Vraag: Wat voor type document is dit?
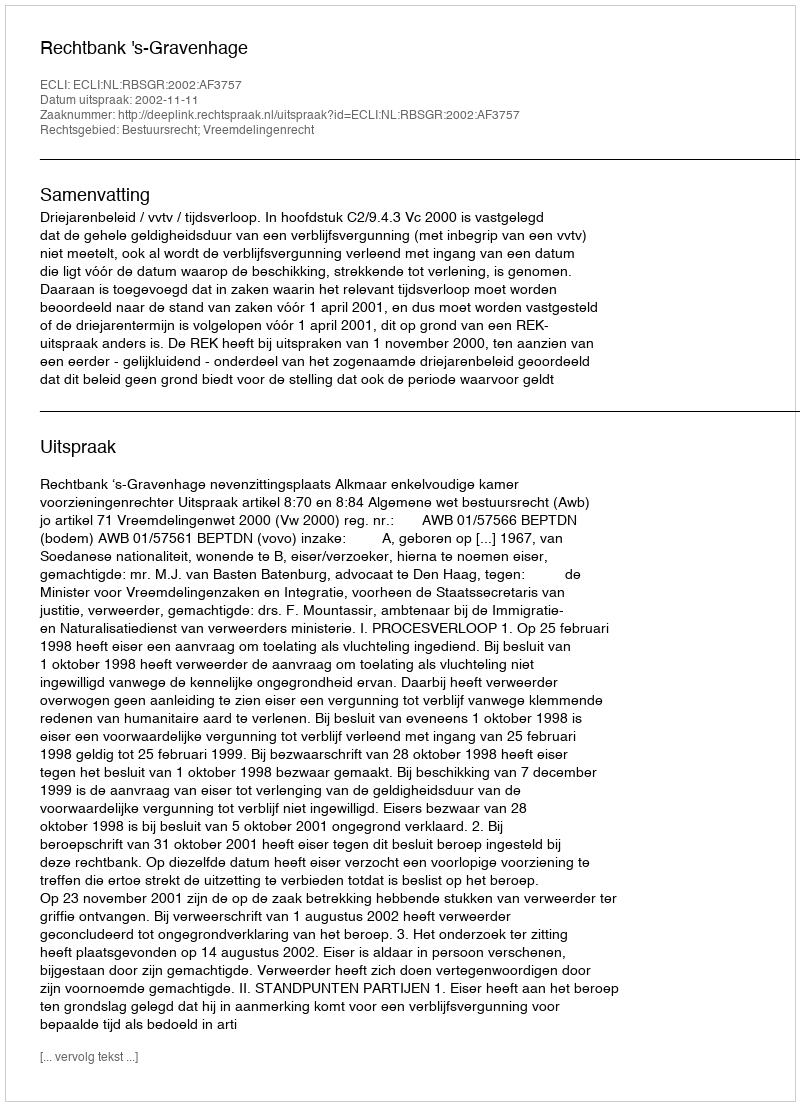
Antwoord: Uitspraak